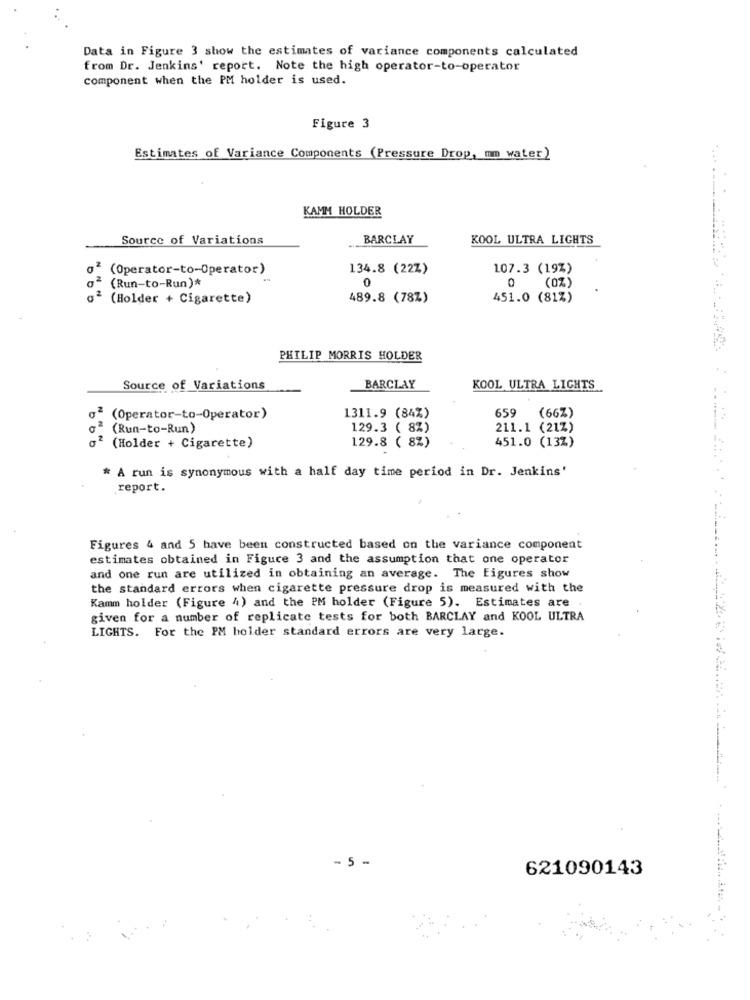
Data in Figure 3 show the estimates of variance components calculated
from Dr. Jenkins' report. Note the high operator-to-operator
component when the PM holder is used.
Figure 3
Estimates of Variance Components (Pressure Drop, mm water)
KAMM HOLDER
Source of Variations
BARCLAY
KOOL ULTRA LIGHTS
. ......
(Operator-to-Operator)
134.8 (22Z)
107.3 (19%)
(Run-to-Run)*
0
0
(0%)
(Holder + Cigarette)
489.8 (78%)
451.0 (81%)
PHILIP MORRIS HOLDER
Source of Variations
BARCLAY
KOOL ULTRA LIGHTS
(Operator-to-Operator)
1311.9 (84%)
659
(66%)
(Run-to-Run)
129.3 ( 8%)
211.1 (21%)
-----
(Holder + Cigarette)
129.8 ( 8%)
451.0 (13%)
* A run is synonymous with a half day time period in Dr. Jenkins'
report.
Figures 4 and 5 have been constructed based on the variance component
estimates obtained in Figure 3 and the assumption that one operator
and one run are utilized in obtaining an average. The Figures show
the standard errors when cigarette pressure drop is measured with the
Kamm holder (Figure 4) and the PM holder (Figure 5). Estimates are
given for a number of replicate tests for both BARCLAY and KOOL ULTRA
LIGHTS. For the PM holder standard errors are very large.
- 5 -
621090143